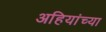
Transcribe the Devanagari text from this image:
अहियांच्या